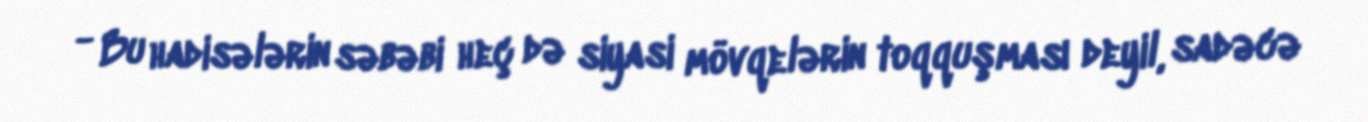
- Bu hadisələrin səbəbi heç də siyasi mövqelərin toqquşması deyil, sadəcə